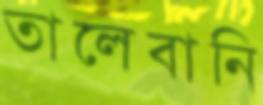
তালেবানি